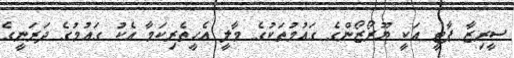
ސީރިޒާ ޕާޓީ އަކީ ޔޫރޯޒޯންގެ ގައުމުތަކުގެ މާލީ އެހީތެރިކަމާ އެކު ގައުމުގެ ދަރަނީގެ